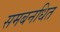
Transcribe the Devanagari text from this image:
समबनधित